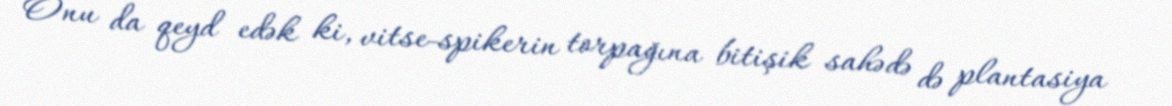
Onu da qeyd edək ki, vitse-spikerin torpağına bitişik sahədə də plantasiya